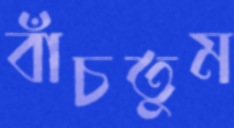
বাঁচতুম